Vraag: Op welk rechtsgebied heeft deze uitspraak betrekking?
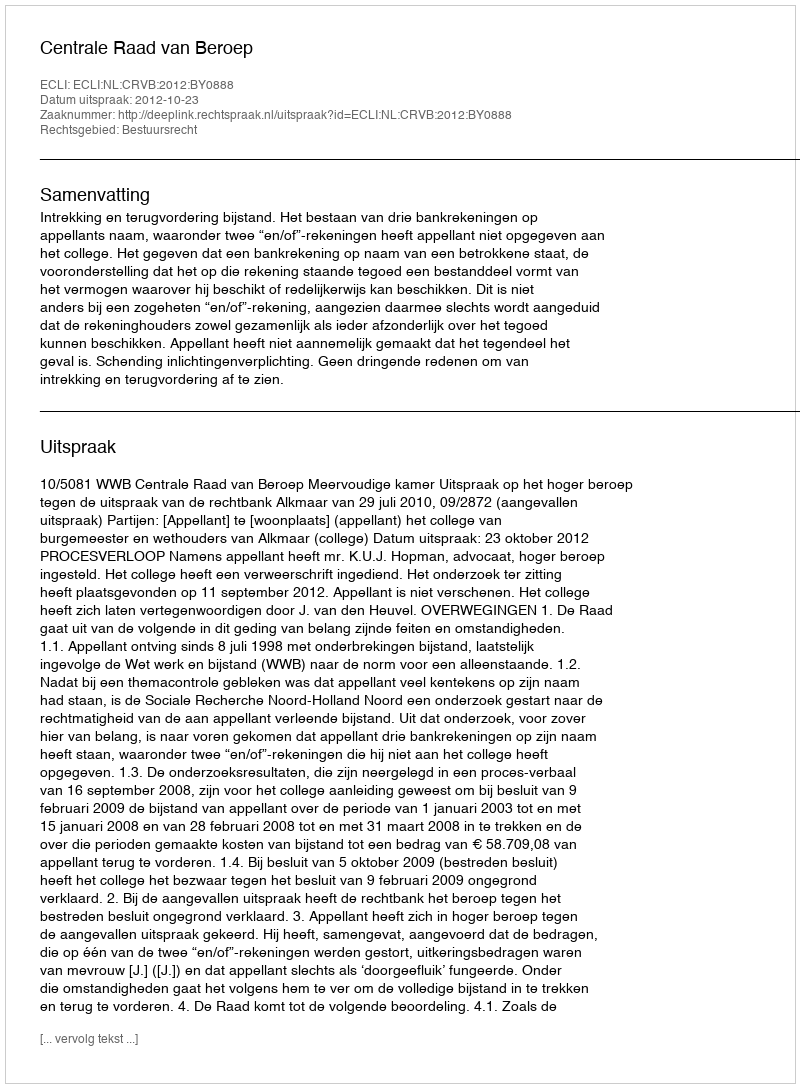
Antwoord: Bestuursrecht